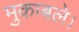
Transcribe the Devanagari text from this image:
मुकाबले।